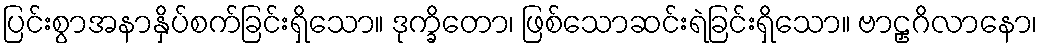
ပြင်းစွာအနာနှိပ်စက်ခြင်းရှိသော။ ဒုက္ခိတော၊ ဖြစ်သောဆင်းရဲခြင်းရှိသော။ ဗာဠှဂိလာနော၊